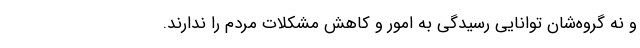
و نه گروه‌شان توانایی رسیدگی به امور و کاهش مشکلات مردم را ندارند.